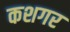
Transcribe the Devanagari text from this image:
कशगर